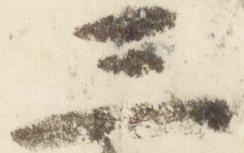
三